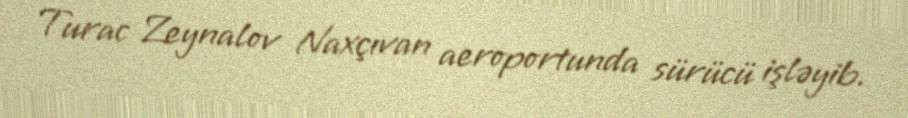
Turac Zeynalov Naxçıvan aeroportunda sürücü işləyib.